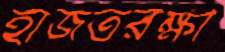
হাজতরক্ষী